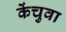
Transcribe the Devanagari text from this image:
केंचुवा